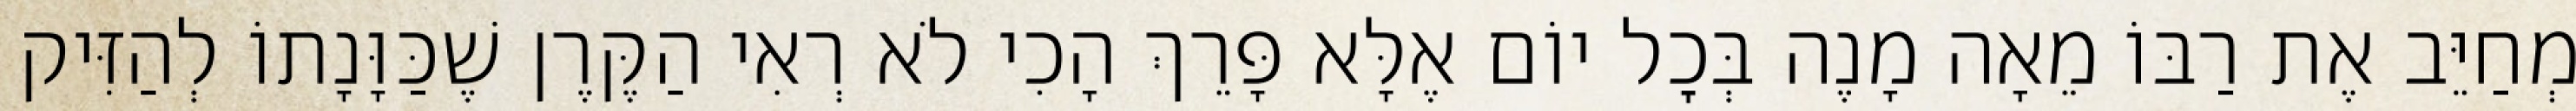
מְחַיֵּב אֶת רַבּוֹ מֵאָה מָנֶה בְּכׇל יוֹם אֶלָּא פָּרֵךְ הָכִי לֹא רְאִי הַקֶּרֶן שֶׁכַּוָּנָתוֹ לְהַזִּיק